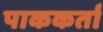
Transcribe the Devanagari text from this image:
पाककर्ता